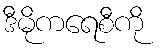
ဒီမိုကရေစီကို